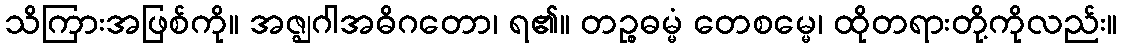
သိကြားအဖြစ်ကို။ အဇ္ဈဂါအဓိဂတော၊ ရ၏။ တဉ္စဓမ္မံ တေစမ္မေ၊ ထိုတရားတို့ကိုလည်း။